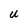
Character: U